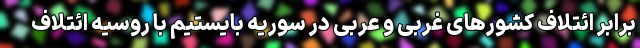
برابر ائتلاف کشورهای غربی و عربی در سوریه بایستیم با روسیه ائتلاف